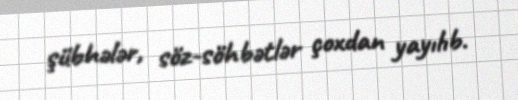
şübhələr, söz-söhbətlər çoxdan yayılıb.